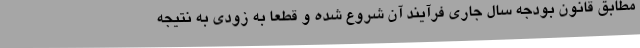
مطابق قانون بودجه سال جاری فرآیند آن شروع شده و قطعا به زودی به نتیجه